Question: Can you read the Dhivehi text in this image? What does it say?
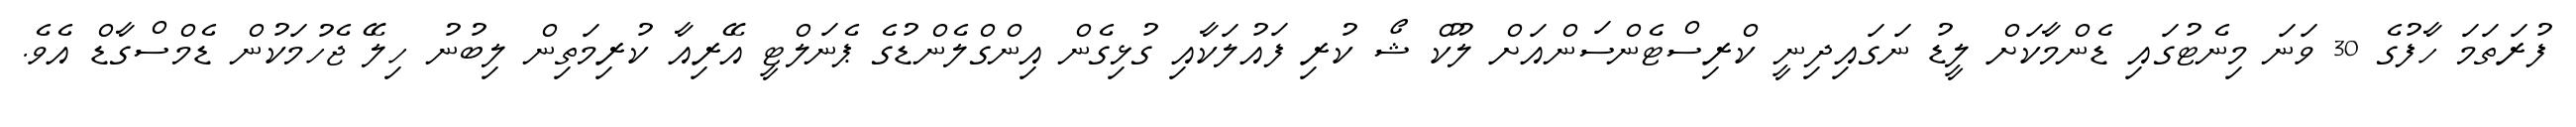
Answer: ފުރަތަމަ ހާފުގެ 30 ވަނަ މިނެޓުގައި ޑެންމާކަށް ލީޑު ނަގައިދިނީ ކްރިސްޓެންސަންއަށް ލޫކް ޝޯ ކުރި ފައުލަކާއި ގުޅިގެން އިންގްލެންޑުގެ ޕެނަލްޓީ އޭރިއާ ކުރިމަތިން ލިބުނު ހިލޭ ޖެހުމަކުން ޑެމްސްގާޑް އެވެ.